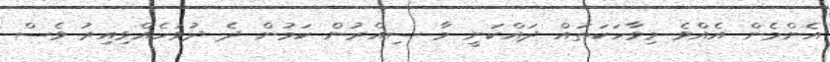
އެންމެން އެއްވެ މިވާހަކަތައް ދައްކަނީ މާ ސިއްރުން ކަމުން ދެ ދުވަހެއްވިއިރު ވެސް